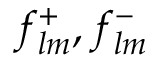
f _ { l m } ^ { + } , f _ { l m } ^ { - }